Report on plague and inoculation in the Punjab from October 1st ... to September 30th..., being the ... season of plague in the province
Disease focus: Plague
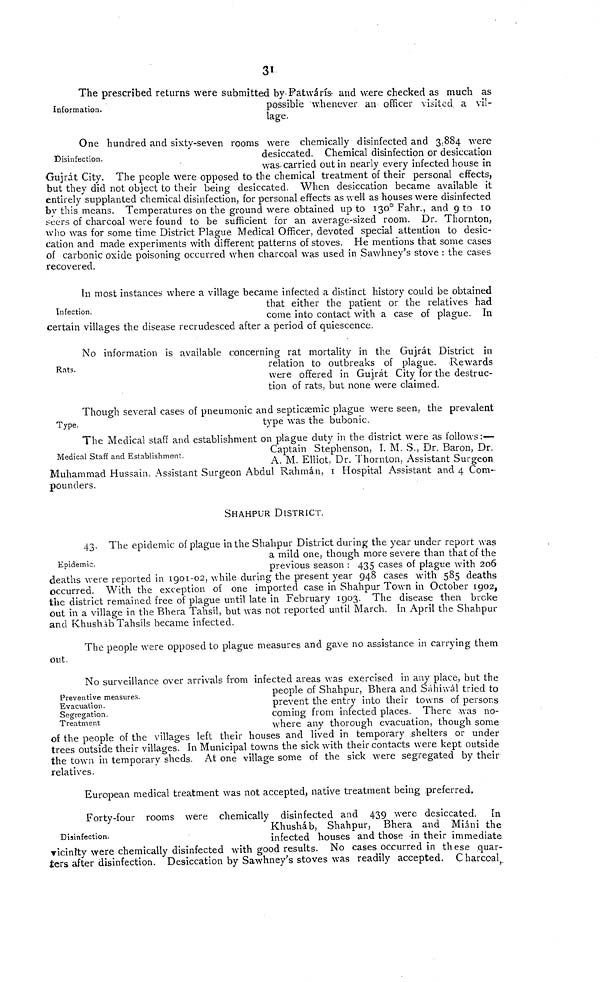
31
Information.
The prescribed returns were submitted by Patwárís and were checked as much as
possible whenever an officer visited a vil-
lage.
Disinfection.
One hundred and sixty-seven rooms were chemically disinfected and 31884 were
desiccated. Chemical disinfection or desiccation
was carried out in nearly every infected house in
Gujrát City. The people were opposed to the chemical treatment of their personal effects,
but they did not object to their being desiccated. When desiccation became available it
entirely supplanted chemical disinfection, for personal effects as well as houses were disinfected
by this means. Temperatures on the ground were obtained up to 130 0 Fahr., and 9 to 10
seers of charcoal were found to be sufficient for an average-sized room. Dr. Thornton,
who was for some time District Plague Medical Officer, devoted special attention to desic-
cation and made experiments with different patterns of stoves. He mentions that some cases
of carbonic oxide poisoning occurred when charcoal was used in Sawhney's stove : the cases
recovered.
Infection.
In most instances where a village became infected a distinct history could be obtained
that either the patient or the relatives had
come into contact with a case of plague. In
certain villages the disease recrudesced after a period of quiescence.
Rats.
No information is available concerning rat mortality in the Gujrát District in
relation to outbreaks of plague. Rewards
were offered in Gujrát City for the destruc-
tion of rats, but none were claimed.
Type.
Though several cases of pneumonic and septicaemic plague were seen, the prevalent
type was the bubonic.
Medical Staff and Establishment.
The Medical staff and establishment on plague duty in the district were as follows :—
Captain Stephenson, I. M. S., Dr. Baron, Dr.
A. M. Elliot, Dr. Thornton, Assistant Surgeon
Muhammad Hussain, Assistant Surgeon Abdul Rahman, I Hospital Assistant and 4 Com-
pounders.
SHAHPUR DISTRICT.
Epidemic.
43. The epidemic of plague in the Shahpur District during the year under report was
a mild one, though more severe than that of the
previous season : 435 cases of plague with 206
deaths were reported in 1901-02, while during the present year 948 cases with 585 deaths
occurred. With the exception of one imported case in Shahpur Town in October 1902,
the district remained free of plague until late in February 1903. The disease then broke
out in a village in the Bhera Tahsil, but was not reported until March. In April the Shahpur
and Khushab Tahsils became infected.
The people were opposed to plague measures and gave no assistance in carrying them
out.
Preventive measures.
Evacuation.
Segregation.
Treatment
No surveillance over arrivals from infected areas was exercised in any place, but the
people of Shahpur, Bhera and Sahiwál tried to
prevent the entry into their towns of persons
coming from infected places. There was no-
where any thorough evacuation, though some
of the people of the villages left their houses and lived in temporary shelters or under
trees outside their villages. In Municipal towns the sick with their contacts were kept outside
the town in temporary sheds. At one village some of the sick were segregated by their
relatives.
European medical treatment was not accepted, native treatment being preferred,
Disinfection.
Forty-four rooms were chemically disinfected and 439 were desiccated. In
Khusháb, Shahpur, Bhera and Miáni the
infected houses and those in their immediate
vicinity were chemically disinfected with good results. No cases occurred in these quar-
ters after disinfection. Desiccation by Sawhney's stoves was readily accepted. Charcoal,